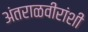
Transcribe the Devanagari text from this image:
अंतराळवीरांशी